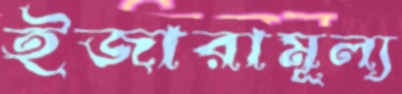
ইজারামূল্য